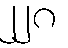
၂၂၈